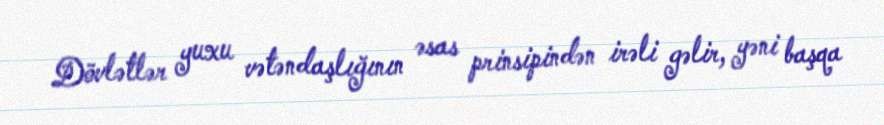
Dövlətlər yuxu vətəndaşlığının əsas prinsipindən irəli gəlir, yəni başqa